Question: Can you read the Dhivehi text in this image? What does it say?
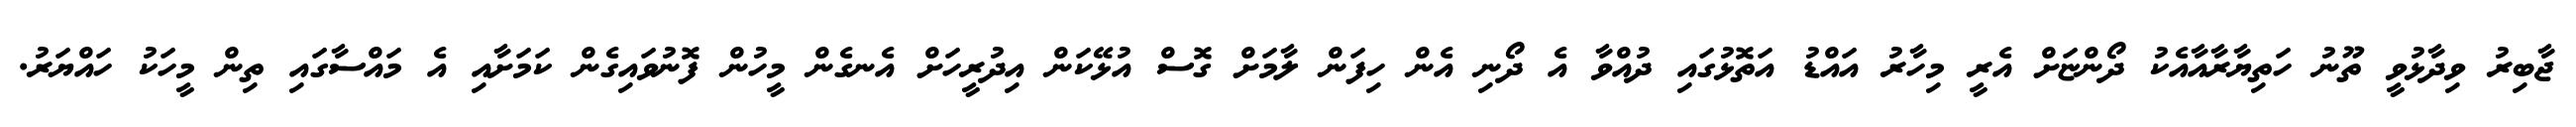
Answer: ޖާބިރު ވިދާޅުވީ ތޫނު ހަތިޔާރާއާއެކު ދޯންޏަށް އެރީ މިހާރު އައްޑު އަތޮޅުގައި ދުއްވާ އެ ދޯނި އެން ހިފަން ލާމަށް ގޮސް އުޅޭކަން އިދުރީހަށް އެނގެން މީހުން ފޮނުވައިގެން ކަމަށާއި އެ މައްސާގައި ތިން މީހަކު ހައްޔަރު.